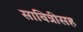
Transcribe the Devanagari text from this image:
सावित्रीसह